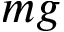
m g